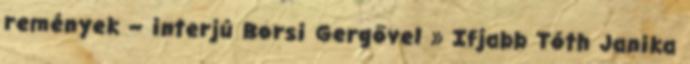
remények – interjú Borsi Gergővel » Ifjabb Tóth Janika